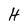
Character: H